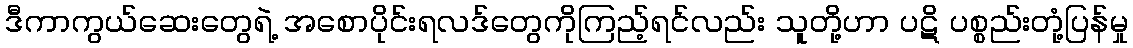
ဒီကာကွယ်ဆေးတွေရဲ့ အစောပိုင်းရလဒ်တွေကိုကြည့်ရင်လည်း သူတို့ဟာ ပဋိ ပစ္စည်းတုံ့ပြန်မှု